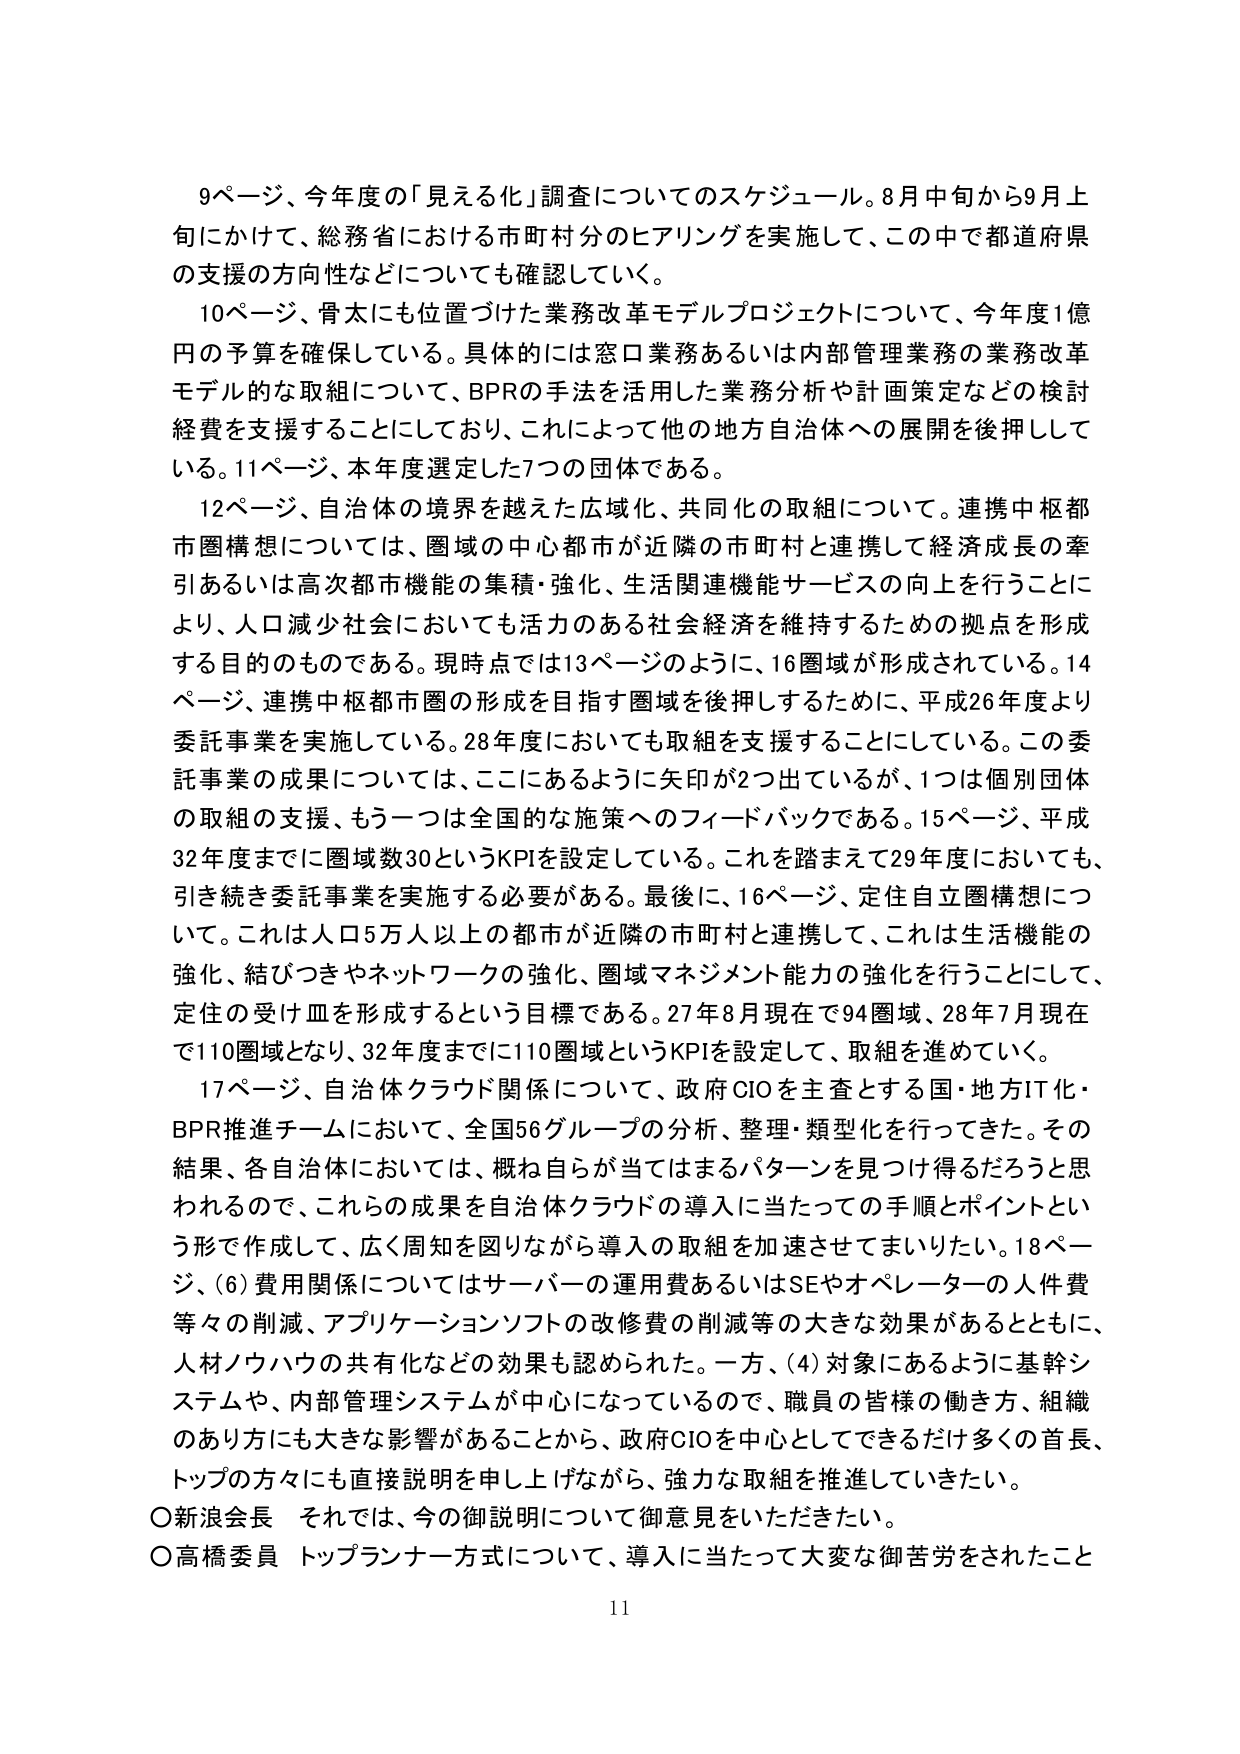
9ページ、今年度の「見える化」調査についてのスケジュール。8月中旬から9月上旬にかけて、総務省における市町村分のヒアリングを実施して、この中で都道府県の支援の方向性などについても確認していく。

10ページ、骨太にも位置づけた業務改革モデルプロジェクトについて、今年度1億円の予算を確保している。具体的には窓口業務あるいは内部管理業務の業務改革モデル的な取組について、BPRの手法を活用した業務分析や計画策定などの検討経費を支援することにしており、これによって他の地方自治体への展開を後押ししている。11ページ、本年度選定した7つの団体である。

12ページ、自治体の境界を越えた広域化、共同化の取組について。連携中枢都市圏構想については、圏域の中心都市が近隣の市町村と連携して経済成長の牽引あるいは高次都市機能の集積・強化、生活関連機能サービスの向上を行うことにより、人口減少社会においても活力のある社会経済を維持するための拠点を形成する目的のもである。現時点では13ページのように、16圏域が形成されている。14ページ、連携中枢都市圏の形成を目指す圏域を後押しするために、平成26年度より委託事業を実施している。28年度においても取組を支援することにしてい。この委託事業の成果については、ここにあるように矢印が2つ出ているが、1つは個別団体の取組の支援、もう一つは全国的な施策へのフィードバックである。15ページ、平成32年度までに圏域数30というKPIを設定している。これを踏まえて29年度においても、引き続き委託事業を実施する必要がある。最後に、16ページ、定住自立圏構想について。これは人口5万人以上の都市が近隣の市町村と連携して、これは生活機能の強化、結びつきやネットワークの強化、圏域マネジメント能力の強化を行うことにして、定住の受け皿を形成するという目標である。27年8月現在で94圏域、28年7月現在で110圏域となり、32年度までに110圏域というKPIを設定して、取組を進めていく。

17ページ、自治体クラウド関係について、政府CIOを主査とする国・地方IT化・BPR推進チームにおいて、全国56グループの分析、整理・類型化を行ってきた。その結果、各自治体においては、概ね自らが当てはまるパターンを見つけ得るだろうと思われるので、これらの成果を自治体クラウドの導入に当たっての手順とポイントという形で作成して、広く周知を図りながら導入の取組を加速させてまいりたい。18ページ、(6)費用関係についてはサーバーの運用費あるいはSEやオペレーターの人件費等々の削減、アプリケーションソフトの改修費の削減等の大きな効果があるとともに、人材ノウハウの共有化などの効果も認められた。一方、(4)対象にあるように基幹システムや、内部管理システムが中心になっているので、職員の皆様の働き方、組織のあり方にも大きな影響があることから、政府CIOを中心としてできるだけ多くの首長、トップの方々にも直接説明を申し上げながら、強力な取組を推進していきたい。

〇新浪会長　それでは、今の御説明について御意見をいただきたい。

〇高橋委員　トップランナー方式について、導入に当たって大変な御苦労をされたこと

11